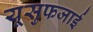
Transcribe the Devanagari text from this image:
यूसुफजाई